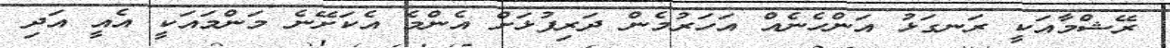
ރޭޝްމާއަކީ ރަނގަޅު އަންހެނެއް އަހަރުމެން ދަރިފުޅަށް އެންމެ އެކަށޭނެ މަންމައަކީ އެއީ އަދި